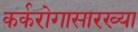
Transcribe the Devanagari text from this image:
कर्करोगासारख्या